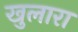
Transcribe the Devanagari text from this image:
खुलारा